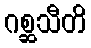
ဂစ္ဆသီတိ